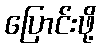
ပြောင်းဖို့